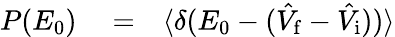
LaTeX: \begin{array}{rlr}{P(E_{0})}&{{}=}&{\langle\delta(E_{0}-(\hat{V}_{\mathrm{f}}-\hat{V}_{\mathrm{i}}))\rangle}\end{array}